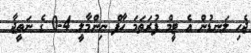
ޖެހި ލަނޑުން އެ ޓީމް ފުރަތަމަ ހާފް ނިންމާލީ 4-0 ގެ ނަތީޖާ